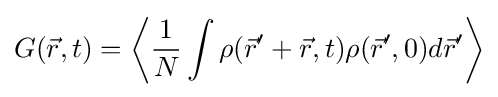
G({\vec {r}},t)=\left\langle {\frac {1}{N}}\int \rho ({\vec {r}}'+{\vec {r}},t)\rho ({\vec {r}}',0)d{\vec {r}}'\right\rangle